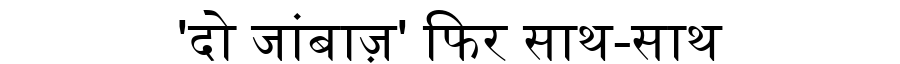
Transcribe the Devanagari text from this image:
'दो जांबाज़' फिर साथ-साथ